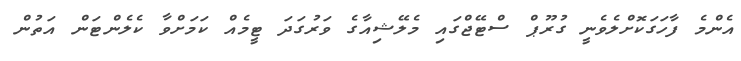
އެންމެ ފާހަގަކޮށްލެވެނީ ގުރޫޕް ސްޓޭޖްގައި މެލޭޝިއާގެ ވަރުގަދަ ޓީމެއް ކަމަށްވާ ކެލެންޓަން އަތުން